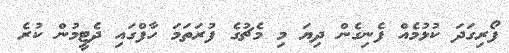
ފޯރިގަދަ ކުޅުމެއް ފެނިގެން ދިޔަ މި މެޗުގެ ފުރަތަމަ ހާފްގައި ދެޓީމުން ކުރެ